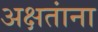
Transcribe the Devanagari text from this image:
अक्षतांना